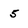
Character: 5